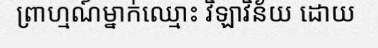
ព្រាហ្មណ៍ម្នាក់ឈ្មោះ វិឡាវិន័យ ដោយ